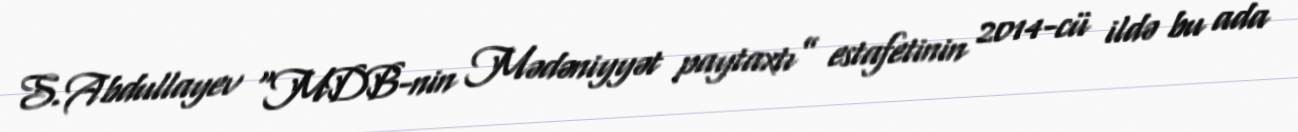
S.Abdullayev “MDB-nin Mədəniyyət paytaxtı” estafetinin 2014-cü ildə bu ada